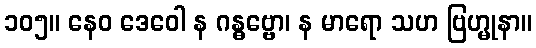
၁၀၅။ နေဝ ဒေဝေါ န ဂန္ဓဗ္ဗော၊ န မာရော သဟ ဗြဟ္မုနာ။